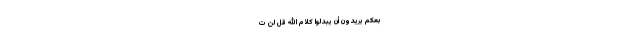
بِعْكُمْ يُرِيدُونَ أَنْ يُبَدِّلُوا كَلَامَ اللَّهِ قُلْ لَنْ تَ